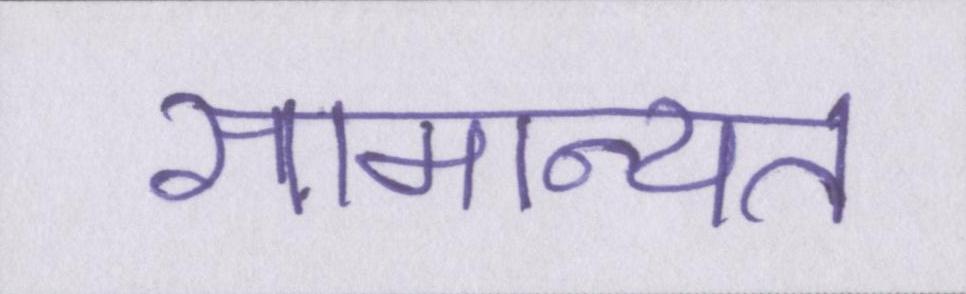
सामान्यत